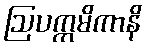
ဩပက္ကမိကာနိ